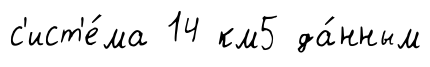
с'ист'е́ма 14 км5 да́нным